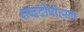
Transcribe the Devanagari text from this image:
शब्ददीपोत्सव